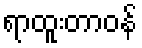
ရာထူးတာဝန်